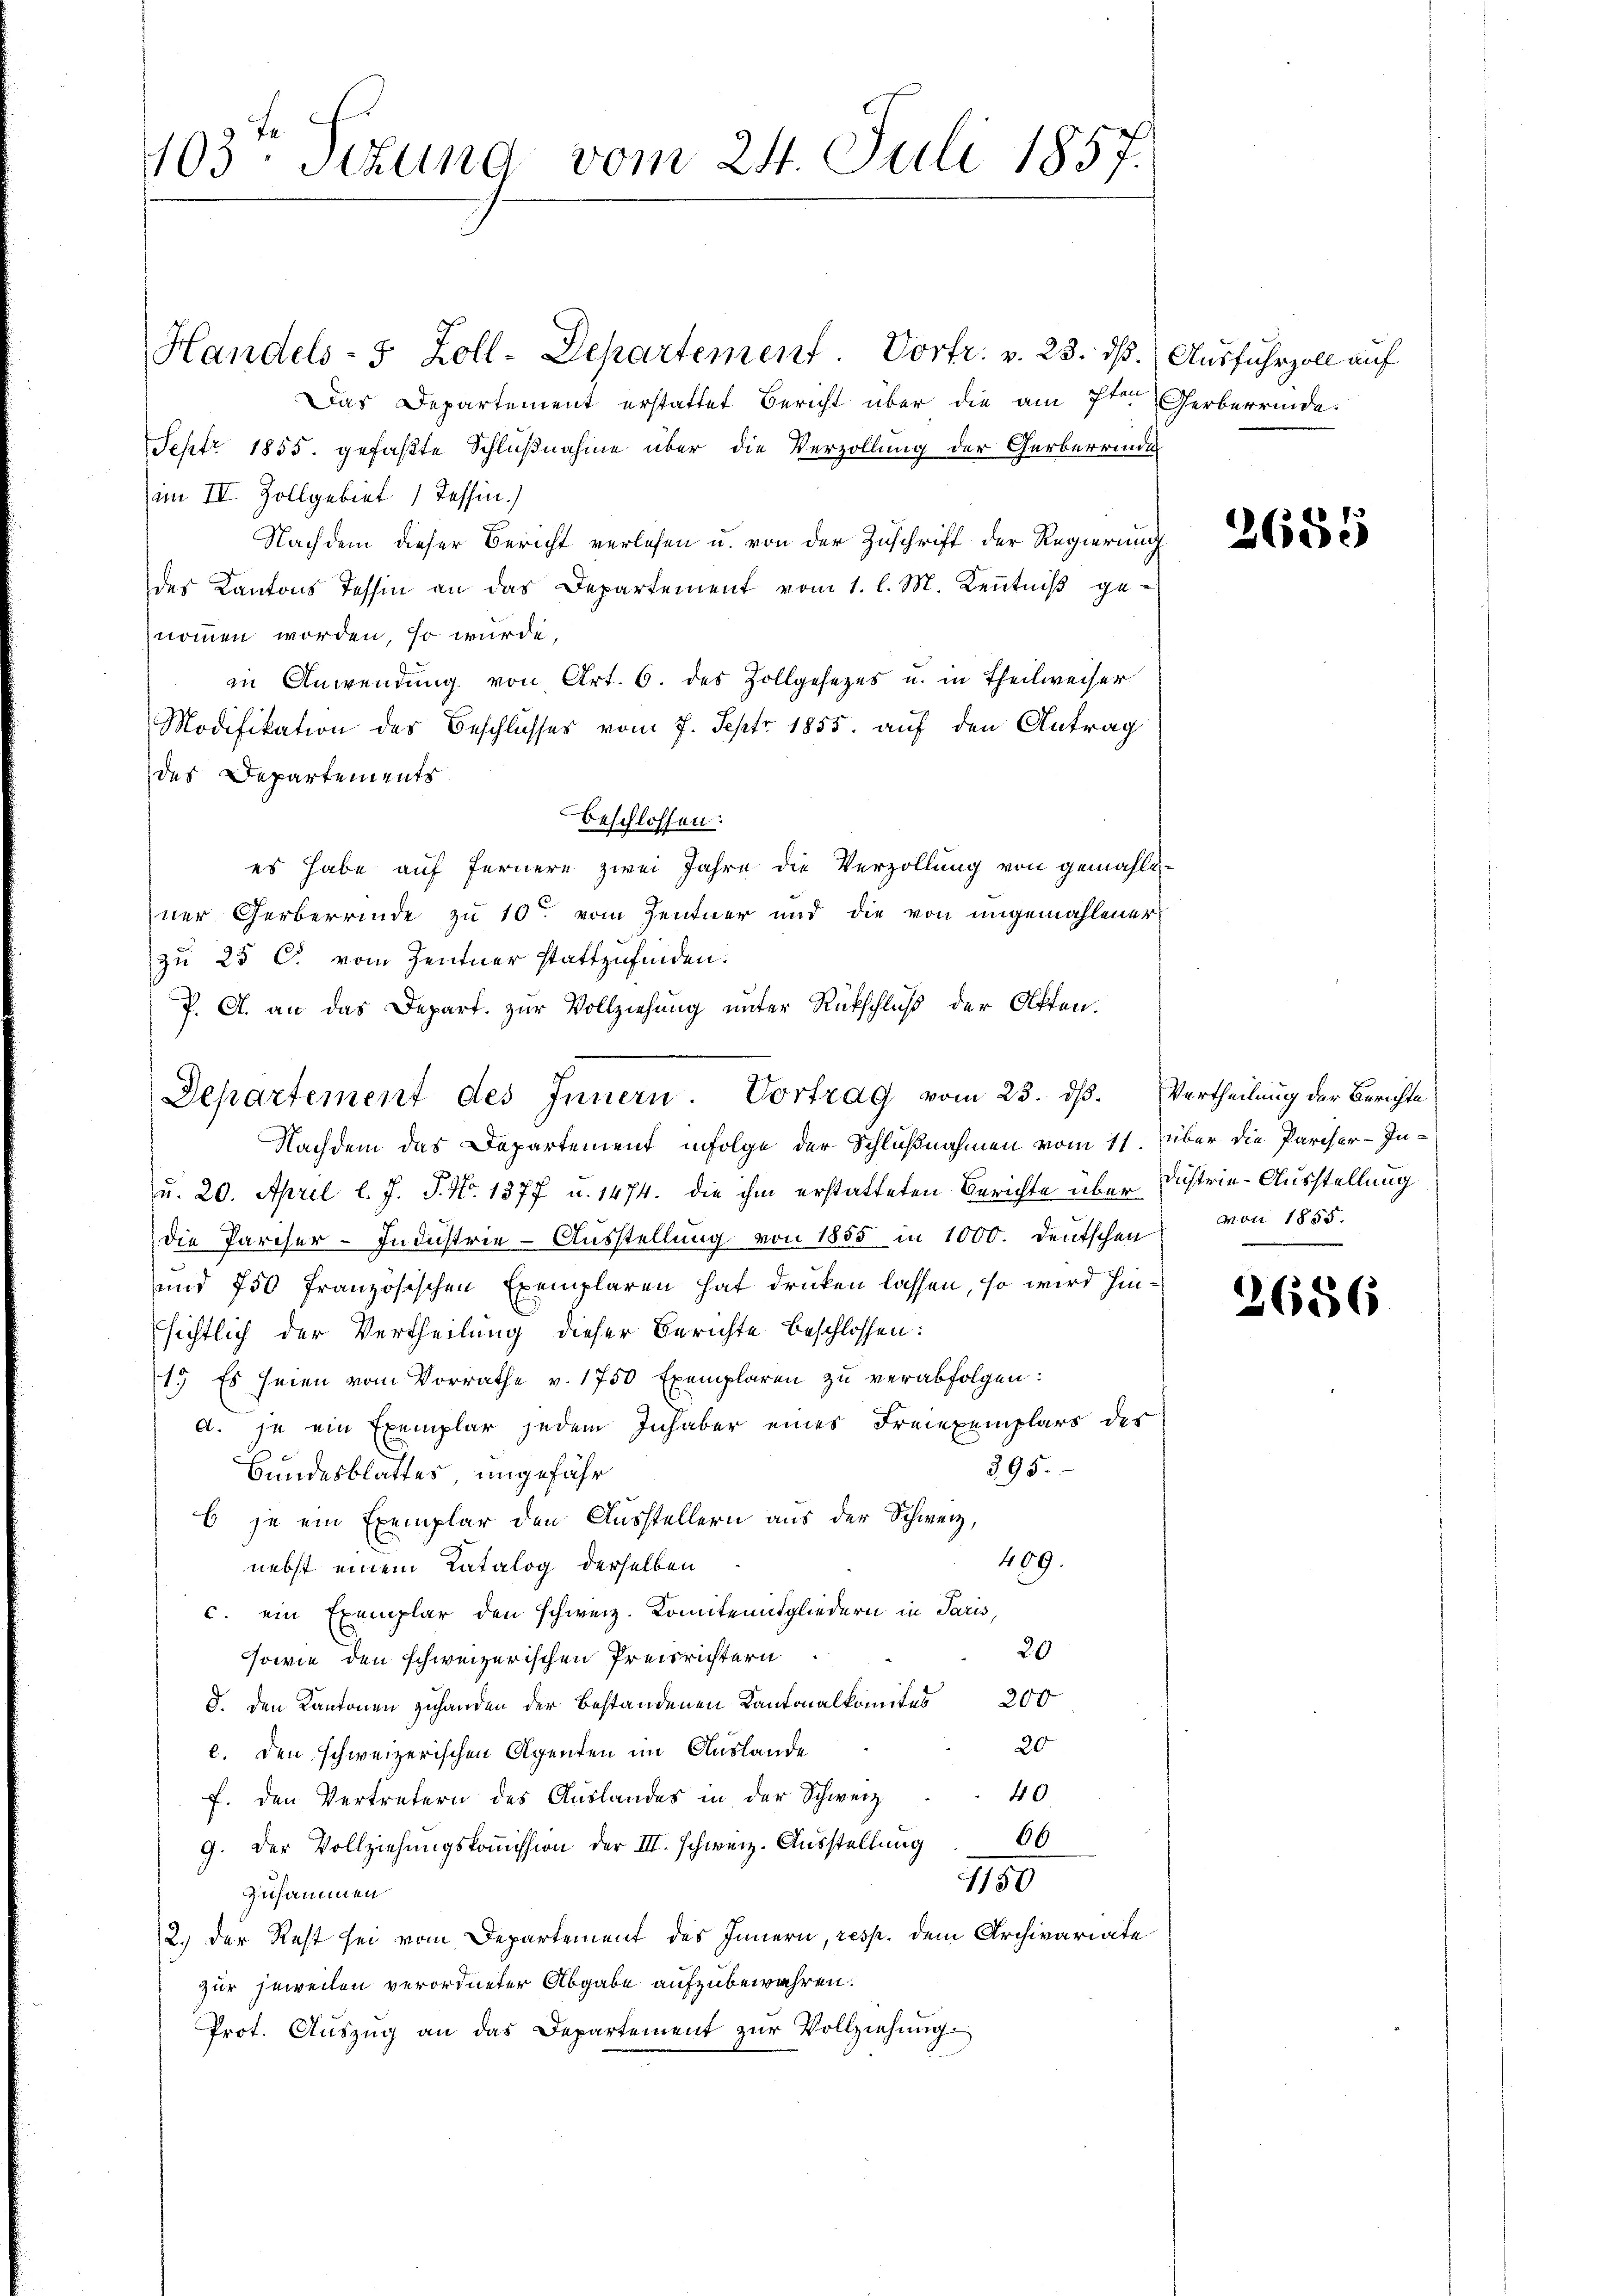
103. Sekung vom 24. Juli 1857.

Handels- 5 Zoll-Departement. Vortr. v. 23. dß. Ausfuhrzoll auf
Das Departement erstattet Bericht über die am 7ten Herberrinde.
Sept 1855. gefaßte Schlußnahme über die Verzollung der Gerberrinde
(im IV. Zollgebiet 1 Tessin.)
Nachdem dieser Bericht verlesen u. von der Zuschrift der Regierung
des Kantons Tessin an das Departement vom 1. l. M. Keṅtniβ ge-
nommen worden, so wurde,
in Anwendung von Art. 6. des Zollgesezes u. in Theilweiser
Modifikation des Beschlusses vom 7. Sept. 1855. auf den Antrag
des Departements
beschlossen:
es habe auf fernere zwei Jahre die Verzollung von gemahli
ner Gerberrinde zu 10. vom Zentner und die von ungemahlener
zu 25 C. vom Zentner stattzufinden.
P. A. an das Depart. zur Vollziehung unter Rückschluß der Offen.
Nachdem das Departement infolge der Schlußnahmen vom 11. über die Pariser-In-
u. 20. April l. J. J. No. 1377 u. 1474. die ihm erstatteten Berichte über Dustrie-Ausstellung
die Parcher-Industrie-Ausstellung von 1855 in 1000. Deutschen von 1855.
und 750 französischen Exemplaren hat drücken lassen, so wird hinsichtlich der Vertheilung dieser Berichte beschlossen:
1. Es seien vom Vorrathe v. 1750 Exemplaren zu verabfolgen:
d. je ein Exemplar jedem Inhaber eines Freiexemplars des
395.
Bundesblattes, ungefähr
b je ein Exemplar den Ausstellern aus der Schweiz,
409.
nebst einem Katalog derselben
c. ein Exemplar den schweiz. Komiteeitgliedern in Paris,
20
sowie den schweizerischen Preisrichtern
8. Den Kantonen zuhanden der bestandenen Kantonalkomites 200
20
c. den schweizerischen Agenten im Auslande
40
f. den Vertretern des Auslandes in der Schweiz
9. Der Vollziehungskoṁission der III. Schweiz. Ausstellung 66
1150
Zusammen
2.) Der Rest sei vom Departement des Innern, resp. dem Archivariate
zur jeweilen verordneter Abgabe aufzubewahren.
Prot. Auszug an das Departement zur Vollziehung

Departement des Innern. Vortrag vom 23. ds. Vertheilung der Berichte

2685

2686